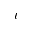
\iota